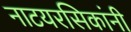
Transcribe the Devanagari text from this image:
नाटयरसिकांनी